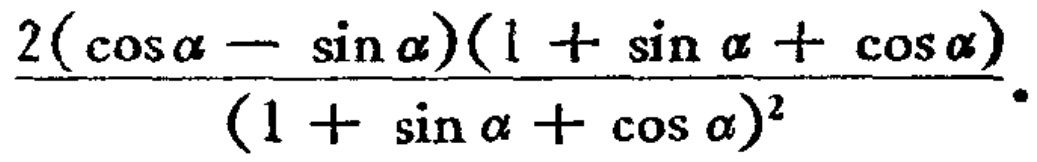
\(\frac{2(\cos\alpha - \sin\alpha)(1 + \sin\alpha + \cos\alpha)}{(1 + \sin\alpha + \cos\alpha)^2}\)